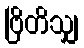
ဗြိတိသျှ